Civil Veterinary Dept. Bombay admin report 1907-1913 - 1907-1913
Year: 1907
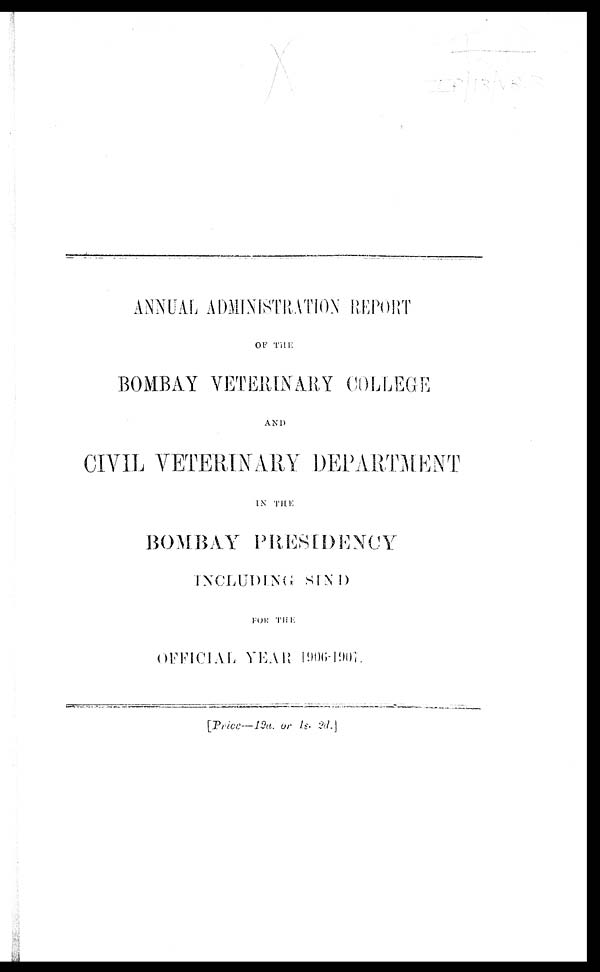
ANNUAL ADMINISTRATION REPORT
OF THE
BOMBAY VETERINARY COLLEGE
AND
CIVIL VETERINARY DEPARTMENT
IN THE
BOMBAY PEESIDENCY
INCLUDING SIND
FOR THE
OFFICIAL YEAR 1906-1907.
[Price—12a. or 1s. 2d.]